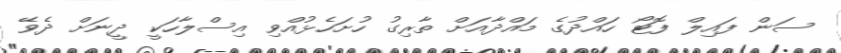
ސަން ފައިލް ފޮޓޯ ހައްދުގެ މައްދާއަށް ތާރިގު ހުށަހެޅުއްވި އިސްލާހަކީ ދީނަށް ދެވޭ